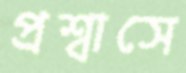
প্রশ্বাসে